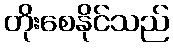
တိုးစေနိုင်သည်